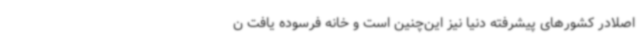
اصلادر کشورهای پیشرفته دنیا نیز این‌چنین است و خانه فرسوده یافت ن